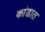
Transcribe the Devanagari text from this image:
कांडात